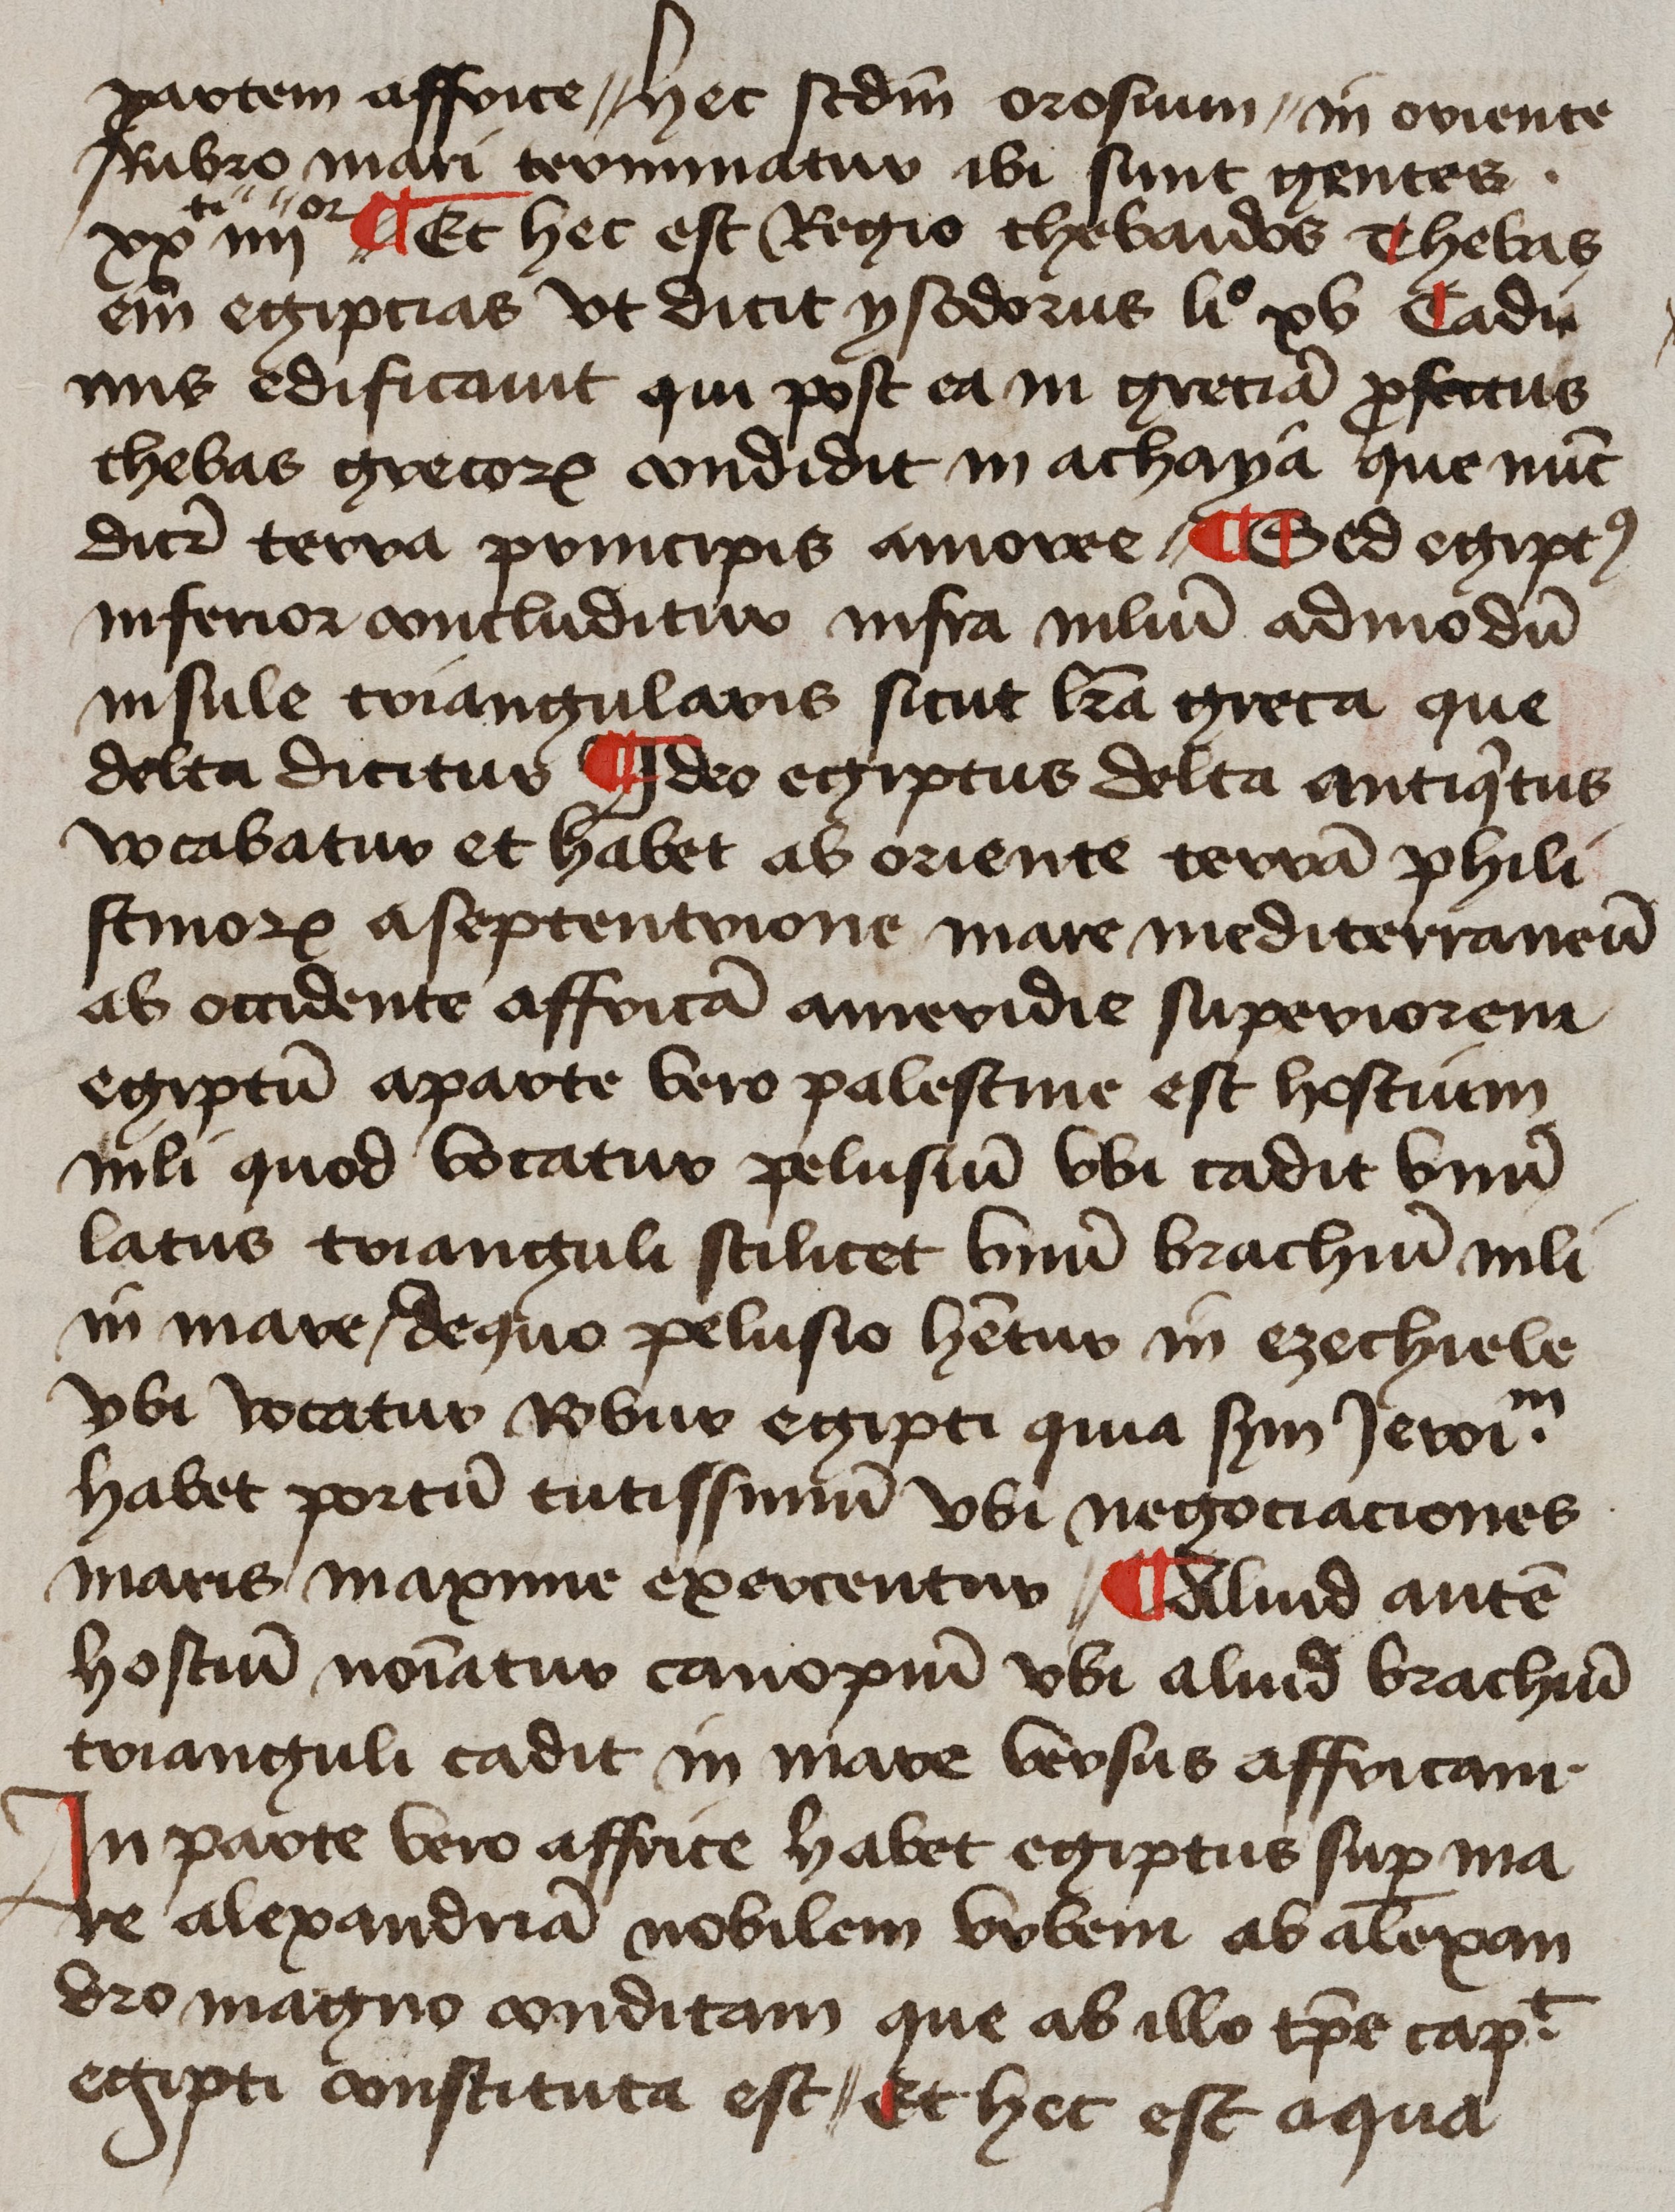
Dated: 1425–1449